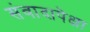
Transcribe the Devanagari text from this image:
संवादापेक्षा